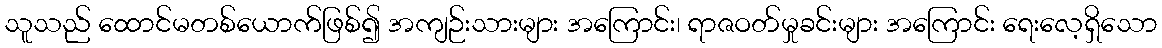
သူသည် ထောင်မတစ်ယောက်ဖြစ်၍ အကျဉ်းသားများ အကြောင်း၊ ရာဇဝတ်မှုခင်းများ အကြောင်း ရေးလေ့ရှိသော